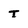
Character: T